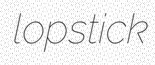
lopstick